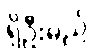
ရှိဦးမည်